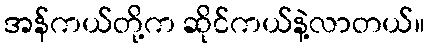
အန်ကယ်တို့က ဆိုင်ကယ်နဲ့လာတယ်။